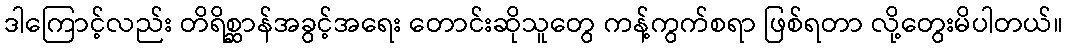
ဒါကြောင့်လည်း တိရိစ္ဆာန်အခွင့်အရေး တောင်းဆိုသူတွေ ကန့်ကွက်စရာ ဖြစ်ရတာ လို့တွေးမိပါတယ်။